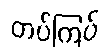
တပ်ကြပ်